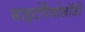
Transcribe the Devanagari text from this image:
साइटोपैथोलॉजी